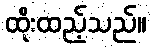
ထိုးထည့်သည်။